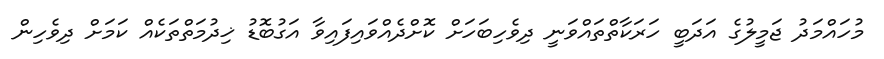
މުހައްމަދު ޖަމީލުގެ އަދަބީ ހަރަކާތްތައްވަނީ ދިވެހިބަހަށް ކޮށްދެއްވައިފައިވާ އަގުބޮޑު ޚިދުމަތްތަކެއް ކަމަށް ދިވެހިން